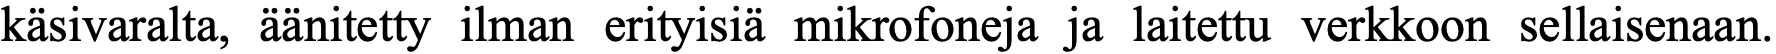
käsivaralta, äänitetty ilman erityisiä mikrofoneja ja laitettu verkkoon sellaisenaan.